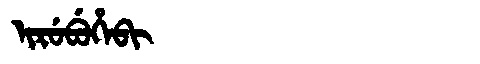
Manchu: ᡳᡵᡠᠪᡠᡥᡝᠪᡳ
Romanization: IRUBUHEBI